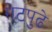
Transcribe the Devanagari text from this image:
गेटपुढे